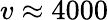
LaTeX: v\approx 4000